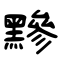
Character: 黲